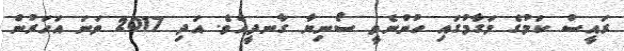
ރައީސް ކަމުގެ މަގާމުގައި ހުންނެވީ ސޯނިޔާ ގާނދީއެވެ. އަދި 2017 ވަނަ އަހަރުން